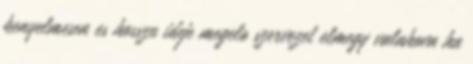
kenyelmesen es hosszu ideje megelo szervezet elmegy valahova ha